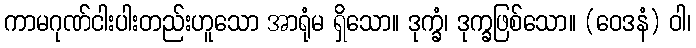
ကာမဂုဏ်ငါးပါးတည်းဟူသော အာရုံမ ရှိသော။ ဒုက္ခံ၊ ဒုက္ခဖြစ်သော။ (ဝေဒနံ) ဝါ၊